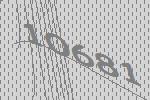
10681